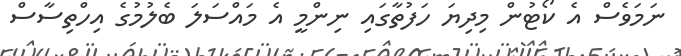
ނަމަވެސް އެ ކޯޓުން މިދިޔަ ހަފުތާގައި ނިންމީ އެ މައްސަލަ ބެލުމުގެ އިހްތިސާސް